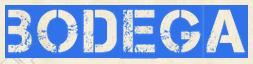
BODEGA